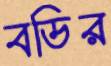
বডির